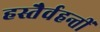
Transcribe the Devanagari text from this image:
हस्तैर्वहन्तीं